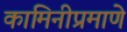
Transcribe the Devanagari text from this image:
कामिनीप्रमाणे